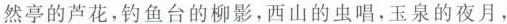
然亭的芦花，钓鱼台的柳影，西山的虫唱，玉泉的夜月，